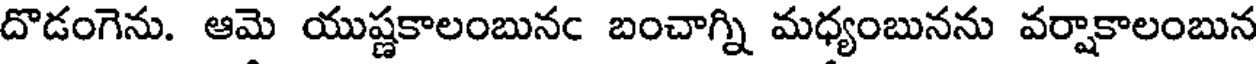
దొడంగెను. ఆమె యుష్ణకాలంబునఁ బంచాగ్ని మధ్యంబునను వర్షాకాలంబున